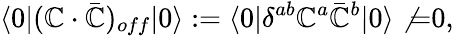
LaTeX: \langle0|(\mathbb{C}\cdot\bar{{\mathbb{C}}})_{off}|0\rangle:=\langle0|\delta^{ab}\mathbb{C}^{a}\bar{{\mathbb{C}}}^{b}|0\rangle\not{=}0,